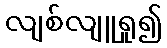
လျစ်လျူရှု၍